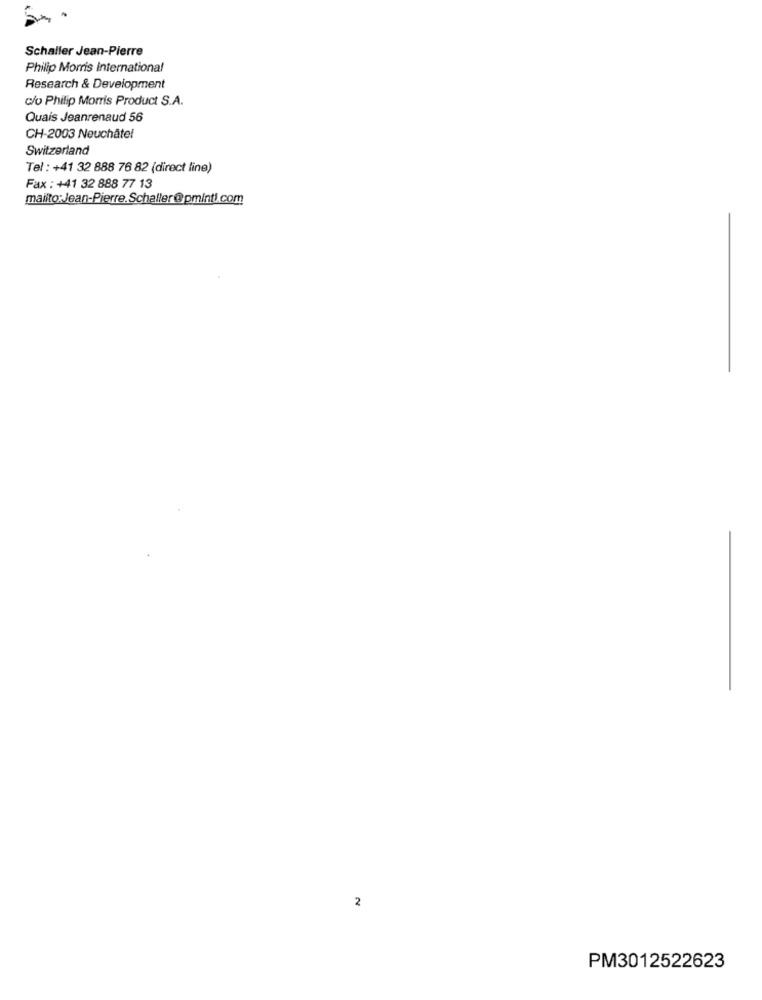
Schaller Jean-Pierre
Philip Morris International
Research & Development
c/o Philip Morris Product S.A.
Quais Jeanrenaud 56
CH-2003 Neuchâtel
Switzerland
Tel : +41 32 888 76 82 (direct line)
Fax : +41 32 888 77 13
mailto:Jean-Pierre.Schaller@pminti.com
2
PM3012522623